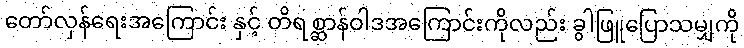
တော်လှန်ရေးအကြောင်း နှင့် တိရစ္ဆာန်ဝါဒအကြောင်းကိုလည်း ခွါဖြူပြောသမျှကို